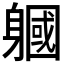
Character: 𨉹